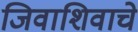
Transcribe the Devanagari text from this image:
जिवाशिवाचे